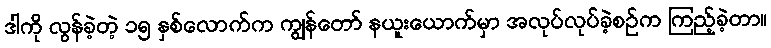
ဒါကို လွန်ခဲ့တဲ့ ၁၅ နှစ်လောက်က ကျွန်တော် နယူးယောက်မှာ အလုပ်လုပ်ခဲ့စဉ်က ကြည့်ခဲ့တာ။